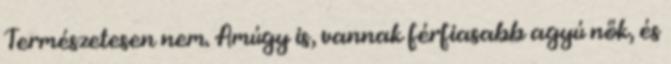
Természetesen nem. Amúgy is, vannak férfiasabb agyú nők, és